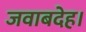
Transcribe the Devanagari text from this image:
जवाबदेह।